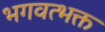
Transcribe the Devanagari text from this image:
भगवत्भक्त